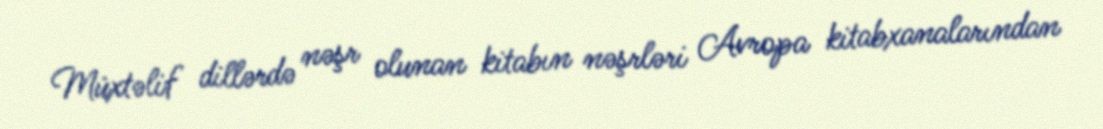
Müxtəlif dillərdə nəşr olunan kitabın nəşrləri Avropa kitabxanalarından